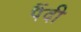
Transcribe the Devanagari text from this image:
पैंदी